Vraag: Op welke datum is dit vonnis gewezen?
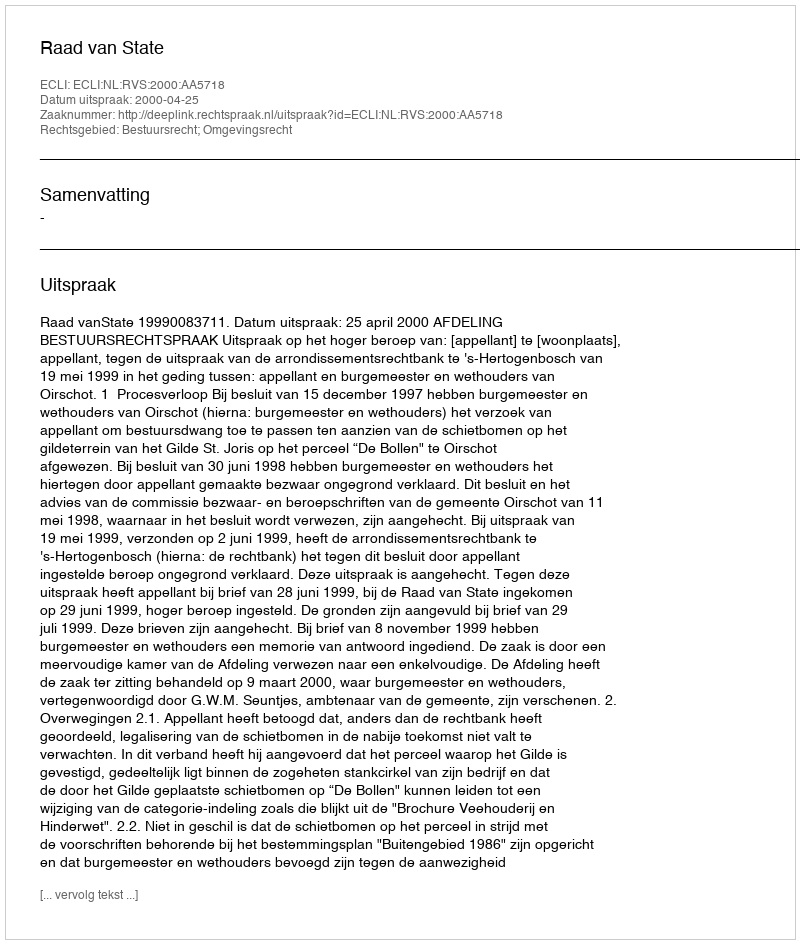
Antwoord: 2000-04-25